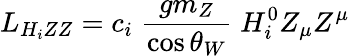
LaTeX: L_{H_{i}ZZ}=c_{i}\; \frac{gm_{Z}}{\cos\theta_{W}}\; H_{i}^{0}Z_{\mu}Z^{\mu}